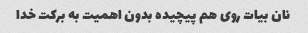
نان بیات روی هم پیچیده بدون اهمیت به برکت خدا‌